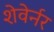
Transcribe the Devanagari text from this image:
शेवेर्नर